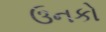
ઉનકો